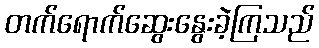
တက်ရောက်ဆွေးနွေးခဲ့ကြသည်